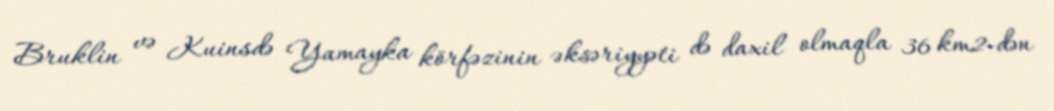
Bruklin və Kuinsdə Yamayka körfəzinin əksəriyyəti də daxil olmaqla 36 km2-dən